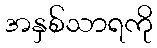
အနှစ်သာရကို